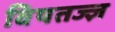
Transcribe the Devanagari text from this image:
विषतज्ज्ञ